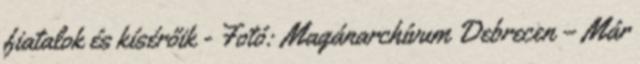
fiatalok és kísérőik - Fotó: Magánarchívum Debrecen – Már